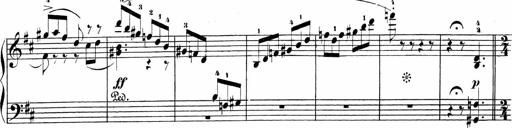
Title: Sonatinen Op.47, 98 und 136, nebst 6 Liedersonatinen
Composer: Carl Reinecke